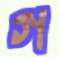
গ